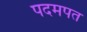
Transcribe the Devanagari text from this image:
पदमपत